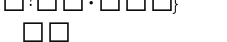
٩٦